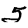
Digit: 5